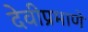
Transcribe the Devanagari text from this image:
देवीप्रमाणे